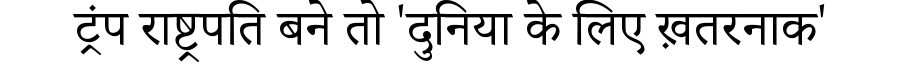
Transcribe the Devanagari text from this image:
ट्रंप राष्ट्रपति बने तो 'दुनिया के लिए ख़तरनाक'